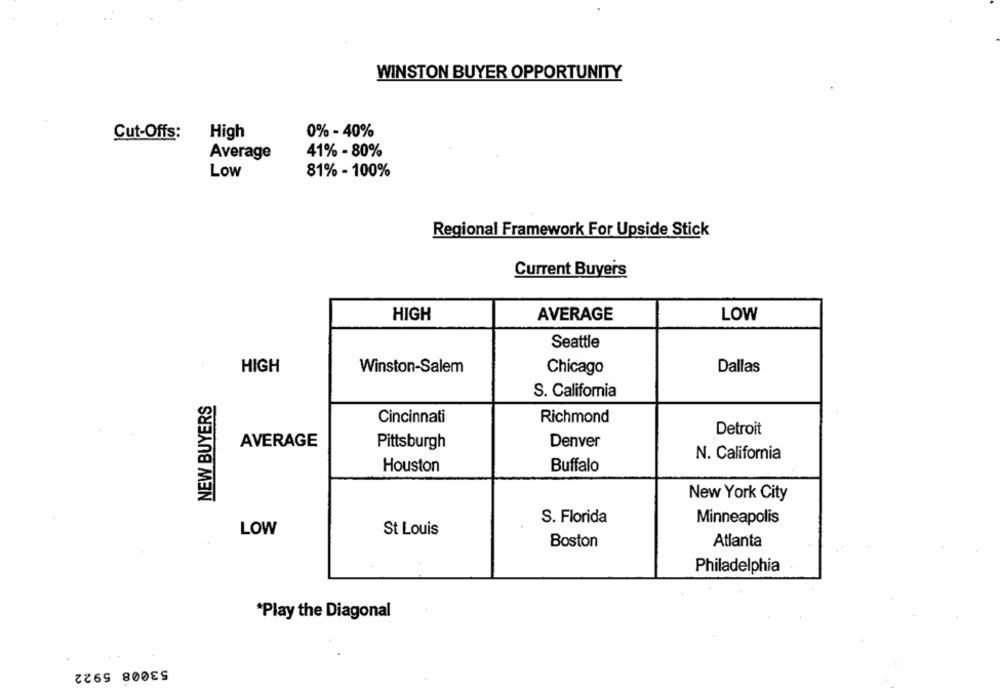
WINSTON BUYER OPPORTUNITY
0% - 40%
Cut-Offs:
High
Average
41% - 80%
Low
81% - 100%
Regional Framework For Upside Stick
Current Buyers
HIGH
AVERAGE
LOW
Seattle
HIGH
Winston-Salem
Chicago
Dallas
S. California
NEW BUYERS
Cincinnati
Richmond
Detroit
AVERAGE
Denver
Pittsburgh
N. California
Houston
Buffalo
New York City
S. Florida
Minneapolis
LOW
St Louis
Boston
Atlanta
Philadelphia
*Play the Diagonal
53008 5922